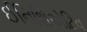
ઈનિશિએટિવ